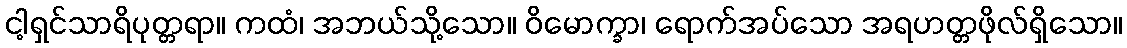
ငါ့ရှင်သာရိပုတ္တရာ။ ကထံ၊ အဘယ်သို့သော။ ဝိမောက္ခာ၊ ရောက်အပ်သော အရဟတ္တဖိုလ်ရှိသော။